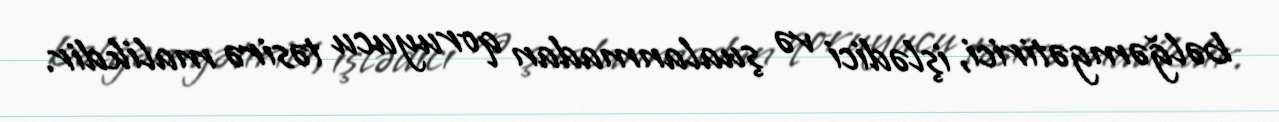
bəlğəmgətirici, işlədici və şualanmadan qoruyucu təsirə malikdir.